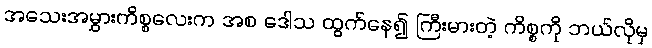
အသေးအမွှားကိစ္စလေးက အစ ဒေါသ ထွက်နေ၍ ကြီးမားတဲ့ ကိစ္စကို ဘယ်လိုမှ